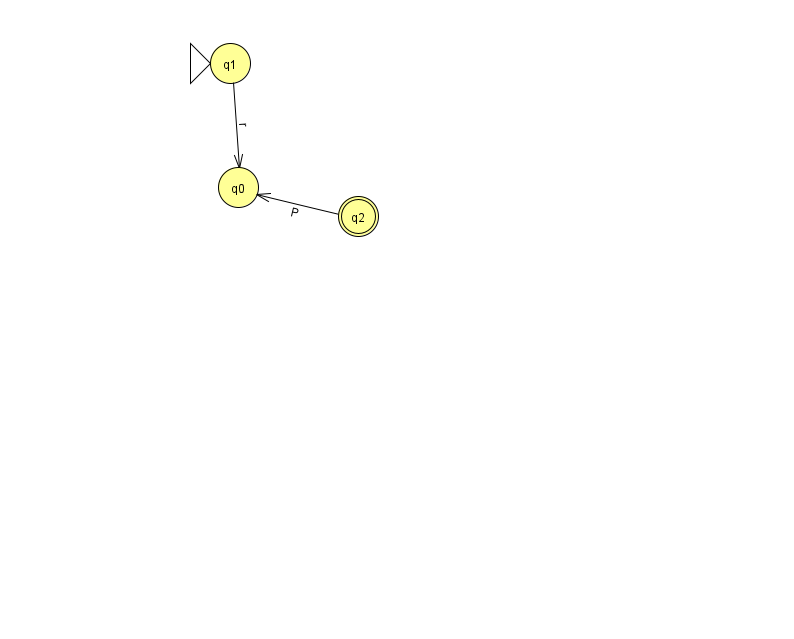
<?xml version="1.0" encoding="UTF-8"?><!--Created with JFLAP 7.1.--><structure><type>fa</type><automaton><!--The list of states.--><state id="0" name="q0"><x>238.0</x><y>174.0</y></state><state id="1" name="q1"><x>230.0</x><y>50.0</y><initial/></state><state id="2" name="q2"><x>358.0</x><y>203.0</y><final/></state><!--The list of transitions.--><transition><from>1</from><to>0</to><read>r</read></transition><transition><from>2</from><to>0</to><read>P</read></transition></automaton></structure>